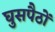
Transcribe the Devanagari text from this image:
घुसपैठों